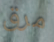
مرق